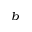
^ b